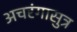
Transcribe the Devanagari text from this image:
अचरंगासुत्र